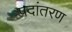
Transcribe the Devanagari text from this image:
पदांतरण